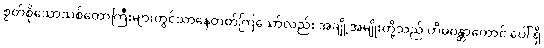
စွတ်စိုသောသစ်တောကြီးများတွင်သာနေတတ်ကြသော်လည်း အချို့အမျိုးတို့သည် ဟိမဝန္တာတောင် ပေါ် ရှိ